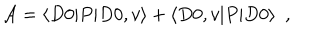
{ { \cal A } } = \langle D 0 | P | D 0 , v \rangle + \langle D 0 , v | P | D 0 \rangle ~ ~ ,